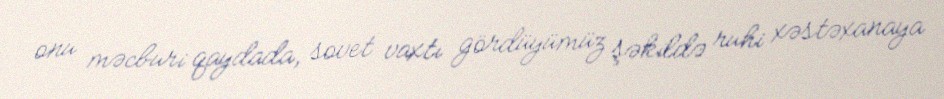
onu məcburi qaydada, sovet vaxtı gördüyümüz şəkildə ruhi xəstəxanaya